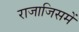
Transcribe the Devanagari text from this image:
राजाजिसमें